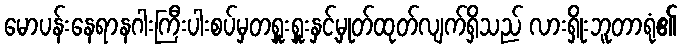
မောပန်းနေရာနဂါးကြီးပါးစပ်မှတရှူးရှူးနှင့်မှုတ်ထုတ်လျက်ရှိသည် လားရှိုးဘူတာရုံ၏